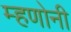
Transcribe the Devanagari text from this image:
म्हणोनी